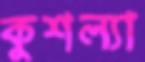
কুশল্যা